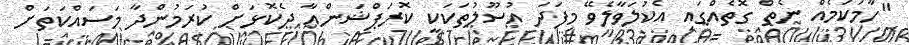
"ހާމަކަމެއް ނެތް ގޮތެއްގައި އެކުލަވާލެވޭ މިފަދަ އުސޫލުތަކަކީ ކޮރަޕްޝަންއާ ދެކޮޅަށް ކުރަމުންދާ މަސައްކަތަށް